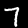
Label: 7